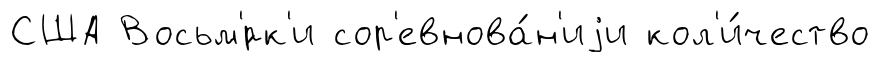
США Восьм'́рк'и сор'евнова́н'иjи кол'и́чество